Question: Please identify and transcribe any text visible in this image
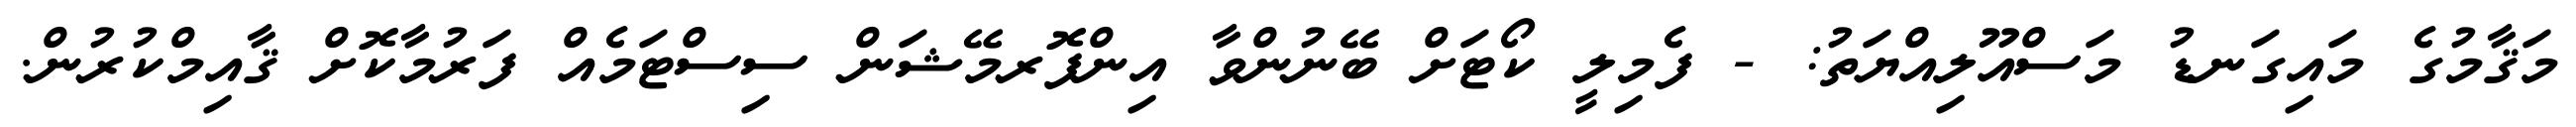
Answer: މަޤާމުގެ މައިގަނޑު މަސްއޫލިއްޔަތު: - ފެމިލީ ކޯޓަށް ބޭނުންވާ އިންފޮރމޭޝަން ސިސްޓަމެއް ފަރުމާކޮށް ޤާއިމްކުރުން.